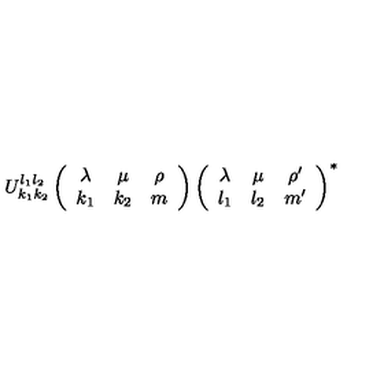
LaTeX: U _ { k _ { 1 } k _ { 2 } } ^ { l _ { 1 } l _ { 2 } } \left( \begin{array} { c c c } { \lambda } & { \mu } & { \rho } \\ { k _ { 1 } } & { k _ { 2 } } & { m } \\ \end{array} \right) \left( \begin{array} { c c c } { \lambda } & { \mu } & { \rho ^ { \prime } } \\ { l _ { 1 } } & { l _ { 2 } } & { m ^ { \prime } } \\ \end{array} \right) ^ { \ast }